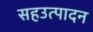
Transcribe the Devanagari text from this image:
सहउत्पादन